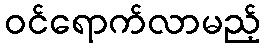
ဝင်ရောက်လာမည့်